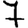
Digit: 7